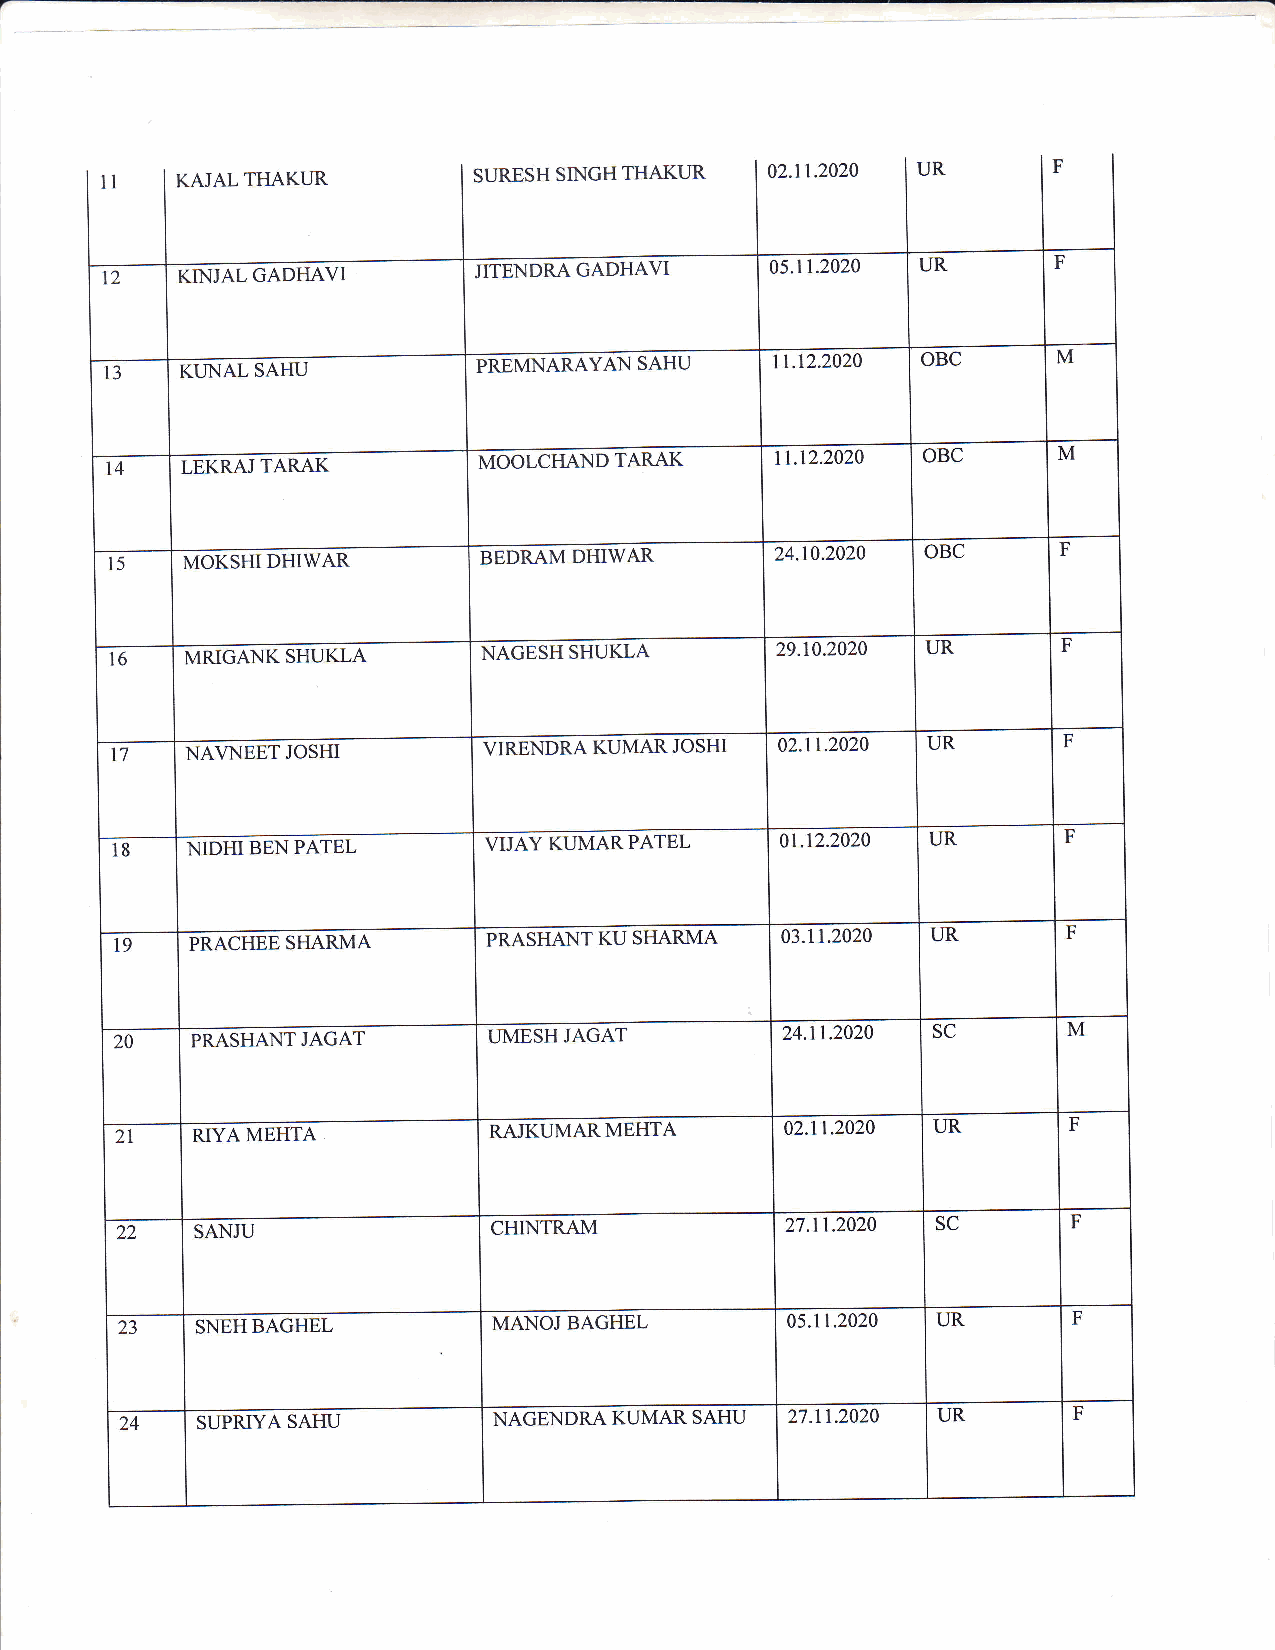
n   l relnl rHAKtrR     SURESH SINGHTHAKUR  02.11.2020 UR      F
 12   KINJAL GADHAVI     JITENDRAGADHAVI     05.11.2020 UR      F
 l3   KUNAL SAHU          PNENN,IERAYAN SAHU 11.12.2020 OBC     M
 l4   LEKRAJ TARAK        tvrOOlCUeNO TARAK  1t.12.2020 OBC     M
 l5   MOKSHI DHIWAR       BEDRAM DHIWAR      24.10.2020 OBC     F
 t6   MRIGANK SHUKLA      NAGESH SHUKLA      29.10.2020 UR      F
 t7   NA\TNEET JOSHI      VIRENDRA KUMAR JOSHI 02.rt.2020 UR    F
 18   NIDHI BEN PATEL     VIJAYKUMARPATEL     0t.12.2020 UR     F
 pnecrmssHARMa
 l9                     IPRASHANTKUSHARMA    03.11.2020 UR      F
 20   PRASHANT JAGAT     UMESH JAGAT         24.11.2020 SC      M
 2l   zuYA MEHTA         RAJKUMARMEHTA       02.11.2020 UR      F
 22   SANJU               CHINTRAM           27.11.2020 SC      F
 23   SNEHBAGHEL          MANOJBAGHEL        05.11.2020 UR      F
 24   SUPRIYA SAHU        NAGENDRA KUMAR SAHU 27.11.2020 UR     F